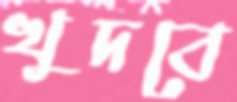
খুদবে